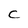
Character: C